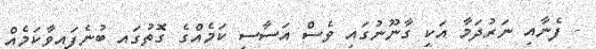
- ފެނާއި ނަރުދަމާ އަކީ ގާނޫނުގައި ވެސް އަސާސީ ކަމެއްގެ ގޮތުގައި ބުނެފައިވާކަމެއް